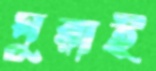
ঘুরাই